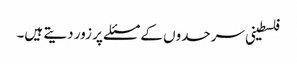
فلسطینی سرحدوں کے مسئلے پر زور دیتے ہیں۔